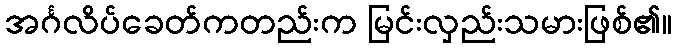
အင်္ဂလိပ်ခေတ်ကတည်းက မြင်းလှည်းသမားဖြစ်၏။